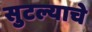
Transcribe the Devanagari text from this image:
सुटल्याचे